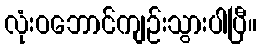
လုံးဝဘောင်ကျဉ်းသွားပါပြီ။